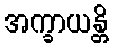
အက္ခာယန္တိ